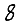
Digit: 8